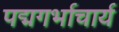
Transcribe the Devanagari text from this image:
पद्मगर्भाचार्य